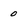
Character: 0